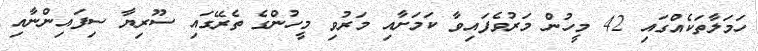
ހަމަލާތަކެއްގައި 42 މީހުން މަރުވެފައިވާ ކަމަށާއި މަރުވި މީހުންގެ ތެރޭގައި ސޫރިޔާ ސިފައިންނާއި